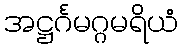
အဋ္ဌင်္ဂမဂ္ဂမရိယံ